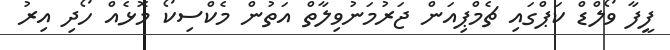
ފީފާ ވޯލްޑް ކަޕްގައި ޗެމްޕިއަން ޖަރުމަނުވިލާތް އަތުން މެކްސިކޯ މޮޅެއް ހޯދި އިރު